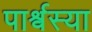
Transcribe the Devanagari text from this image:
पार्श्वस्या